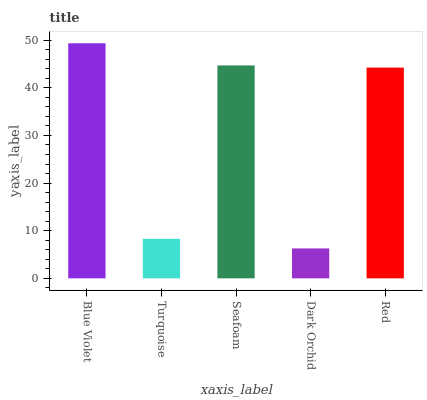
| xaxis_label | bars |
 | --- | --- |
 | Blue Violet | 49.3 |
 | Turquoise | 8.29 |
 | Seafoam | 44.7 |
 | Dark Orchid | 6.28 |
 | Red | 44.2 |